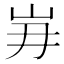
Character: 𮱥